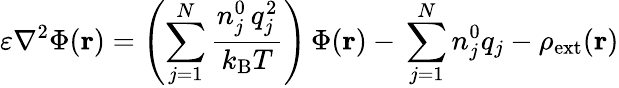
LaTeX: \varepsilon\nabla^{2}\Phi(\mathbf{r})=\left(\sum_{j=1}^{N}{\frac{n_{j}^{0}\, q_{j}^{2}}{k_{\mathrm{{B}}}T}}\right)\, \Phi(\mathbf{r})-\, \sum_{j=1}^{N}n_{j}^{0}q_{j}-\rho_{\mathrm{{ext}}}(\mathbf{r})